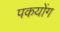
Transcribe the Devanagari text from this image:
पकयोंग